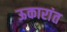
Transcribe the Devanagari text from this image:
ऊकारांत